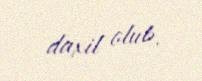
daxil olub.